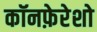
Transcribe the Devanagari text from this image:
कॉनफ़ेरेशो